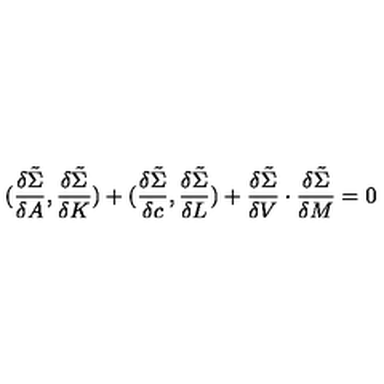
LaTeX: ( { \frac { \delta \tilde { \Sigma } } { \delta A } } , { \frac { \delta \tilde { \Sigma } } { \delta K } } ) + ( { \frac { \delta \tilde { \Sigma } } { \delta c } } , { \frac { \delta \tilde { \Sigma } } { \delta L } } ) + { \frac { \delta \tilde { \Sigma } } { \delta V } } \cdot { \frac { \delta \tilde { \Sigma } } { \delta M } } = 0